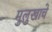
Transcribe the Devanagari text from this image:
मुलुखाचे